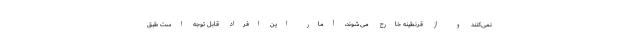
نمی‌کنند و از قرنطینه خارج می‌شوند، آمار این افراد قابل توجه است طبق